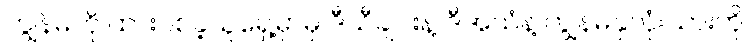
ကျွန်မကို ထားပစ်ခဲ့သူရှေ့မှာမှ ဒီသီချင်းနဲ့ ဒီအသံနဲ့ ကျွန်မနှလုံးသားကို